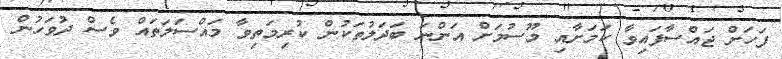
ފަހަށް ޖައްސާފައިވާ ކަމަށާއި މޫސުމަށް އަންނަ ބަދަލުތަކުން ކުރިމަތިވާ މައްސަލަތައް ވެސް ދުވަހުން